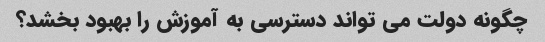
چگونه دولت می تواند دسترسی به آموزش را بهبود بخشد؟